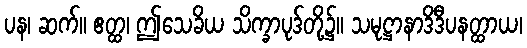
ပန၊ ဆက်။ ဧတ္ထ၊ ဤသေခိယ သိက္ခာပုဒ်တို့၌။ သမုဋ္ဌာနာဒိဒီပနတ္ထာယ၊